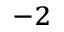
^ { - 2 }